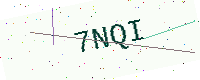
Text: 7NQI